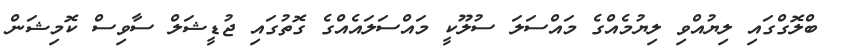
ބްލޮގްގައި ލިޔުއްވި ލިޔުމެއްގެ މައްސަލަ ސުލޫކީ މައްސަލައެއްގެ ގޮތުގައި ޖުޑީޝަލް ސާވިސް ކޮމިޝަން